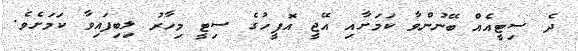
ދެ ސިޓީއެއް ބޭނުންވާ ކަމަށާއި އޭޖީ އޮފީހުގެ ސިޓީ މިހާރު ލިބިފައިވާ ކަމަށެވެ.